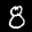
Label: 8